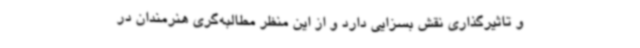
و تاثیرگذاری نقش بسزایی دارد و از این منظر مطالبه‌گری هنرمندان در